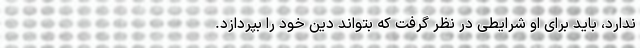
ندارد، باید برای او شرایطی در نظر گرفت که بتواند دِین خود را بپردازد.